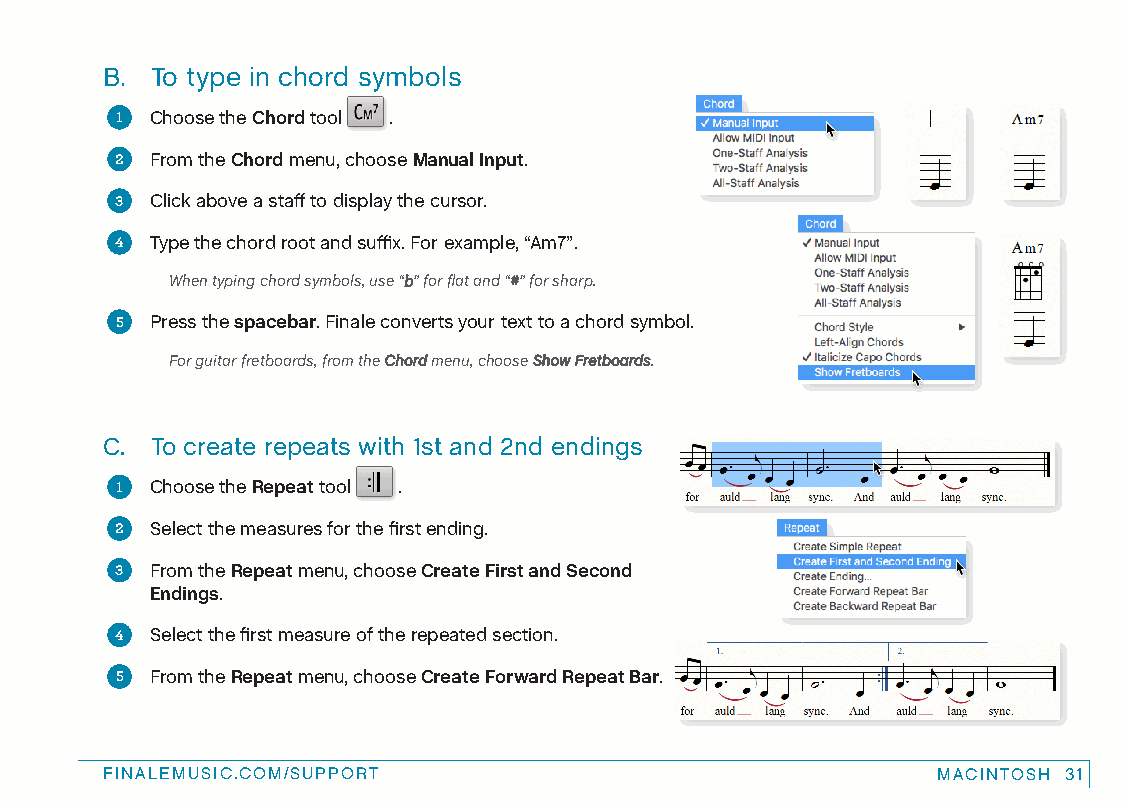
B. To type in chord symbols
 1 Choose the Chord tool .
 2 From the Chord menu, choose Manual Input.
 3 Click above a staff to display the cursor.
 4 Type the chord root and suffix. For example, “Am7”.
 When typing chord symbols, use “b” for flat and “#” for sharp.
 5 Press the spacebar. Finale converts your text to a chord symbol.
 For guitar fretboards, from the Chord menu, choose Show Fretboards.
 C. To create repeats with 1st and 2nd endings
 1 Choose the Repeat tool .
 2 Select the measures for the first ending.
 3 From the Repeat menu, choose Create First and Second
 Endings.
 4 Select the first measure of the repeated section.
 5 From the Repeat menu, choose Create Forward Repeat Bar.
 FINALEMUSIC.COM/SUPPORT                                MACINTOSH 31